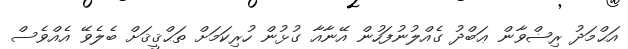
އަޙްމަދު ރިޟްވާން ޢަބްދު ގެއްލުނުފަހުން އޭނާއާ ގުޅުން ހުރިކަމަށް ތަޙްޤީޤަށް ބެލެވޭ އެއްވެސް